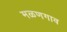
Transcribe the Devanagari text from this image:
मळणगाव